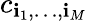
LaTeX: c_{\mathbf{i}_{1},\dots,\mathbf{i}_{M}}